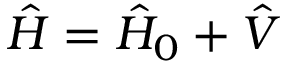
\hat { H } = \hat { H } _ { 0 } + \hat { V }